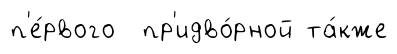
п'е́рвого пр'идво́рной та́кже